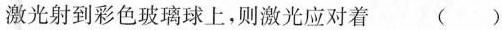
激光射到彩色玻璃球上，则激光应对着 ()